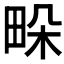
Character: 𤱧